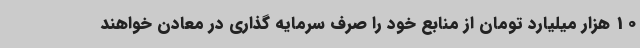
10 هزار میلیارد تومان از منابع خود را صرف سرمایه گذاری در معادن خواهند